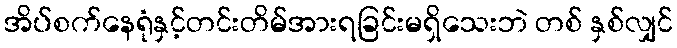
အိပ်စက်နေရုံနှင့်တင်းတိမ်အားရခြင်းမရှိသေးဘဲ တစ် နှစ်လျှင်